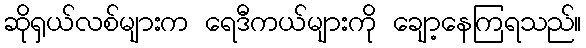
ဆိုရှယ်လစ်များက ရေဒီကယ်များကို ချော့နေကြရသည်။